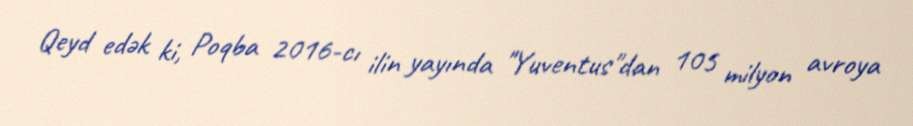
Qeyd edək ki, Poqba 2016-cı ilin yayında "Yuventus"dan 105 milyon avroya